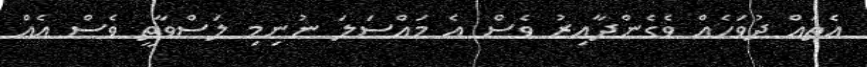
އެތައް ދުވަހެއް ވެގެންދާއިރު ވެސް އެ މައްސަލަ ނުނިމި ލަސްވާތީ ވެސް އެއް